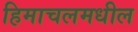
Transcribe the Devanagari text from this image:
हिमाचलमधील